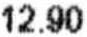
12.90